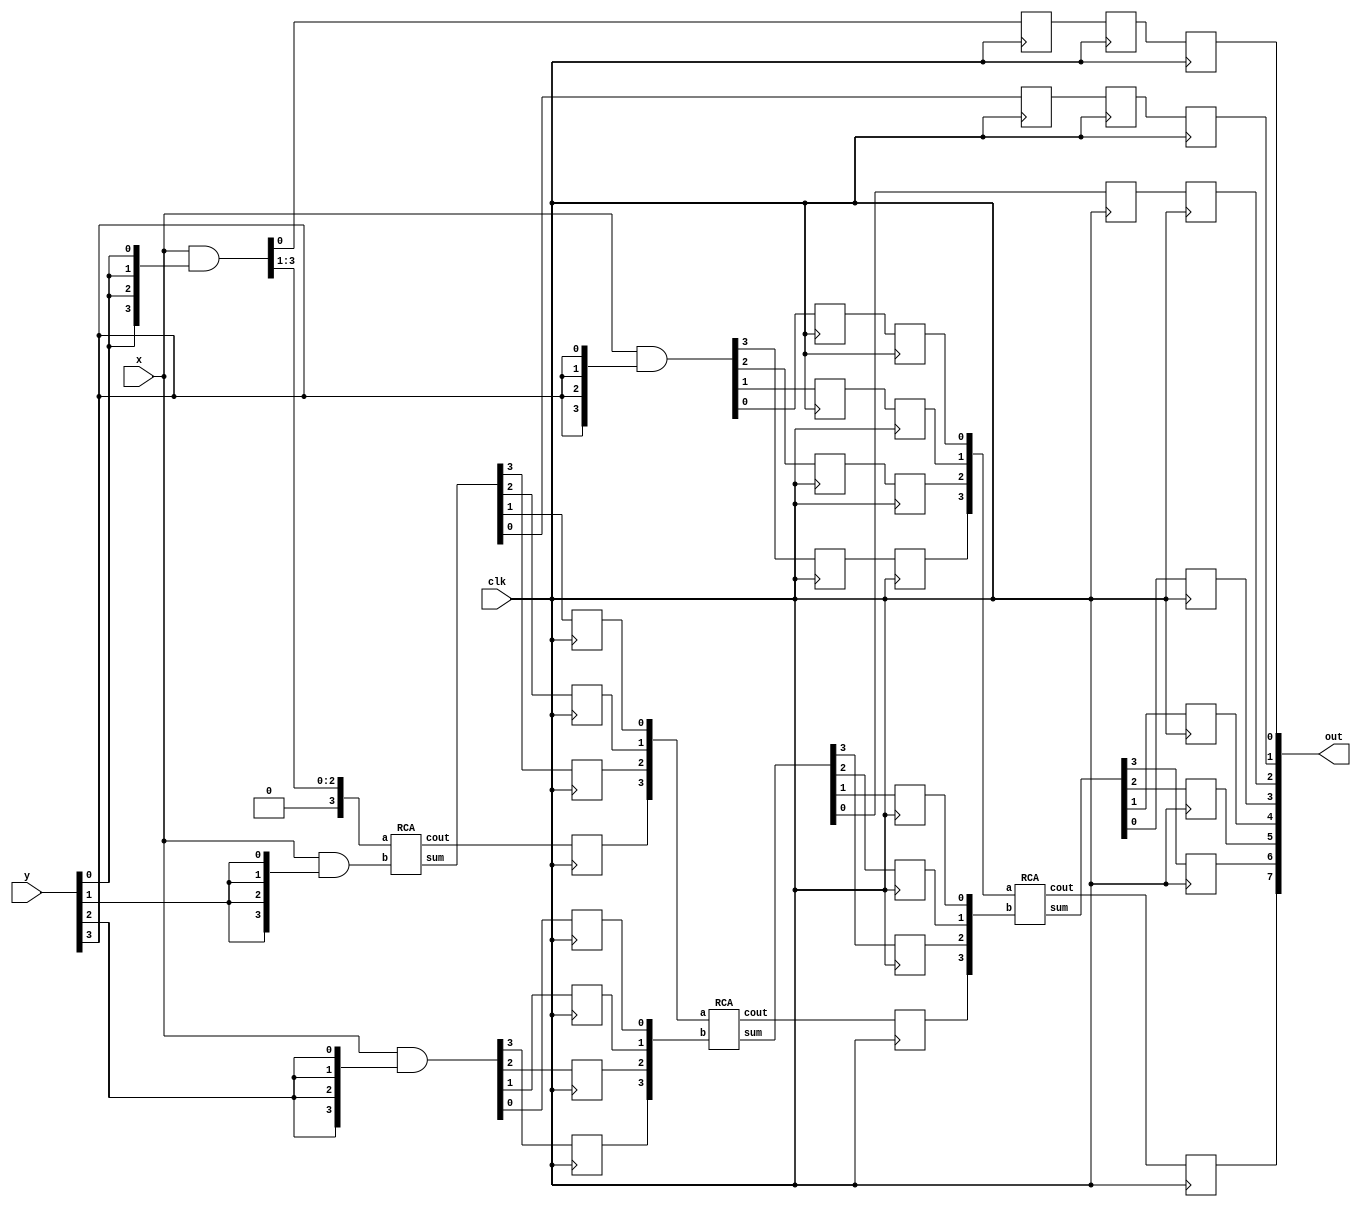
module pipelined_multiplier(x,y,out,clk);
input [3:0] x,y; //4-bit input multiplier
input clk;
output [7:0] out;   // 8 bit hexadecimal output
wire [3:0]PP1,PP2,PP3,PP4; //Partial products
wire [3:0]s1,s2,s3;
wire c1,c2,c3;

//For pipelining
reg L1_13,L1_12,L1_11,L1_10,L1_9,L1_8,L1_7,L1_6,L1_5,L1_4,L1_3,L1_2,L1_1,L1_0; //latches for storing temperory values
reg L2_10,L2_9,L2_8,L2_7,L2_6,L2_5,L2_4,L2_3,L2_2,L2_1,L2_0; //latches for storing temperory values
reg L3_7,L3_6,L3_5,L3_4,L3_3,L3_2,L3_1,L3_0; //latches for storing temperory values

//Partial products
assign PP1 = x & {4{y[0]}}; //replication for taking bitwise AND operation
assign PP2 = x & {4{y[1]}}; //replication for taking bitwise AND operation
assign PP3 = x & {4{y[2]}}; //replication for taking bitwise AND operation
assign PP4 = x & {4{y[3]}}; //replication for taking bitwise AND operation

RCA A1({1'b0,PP1[3:1]},PP2,s1,c1); //(a,b,sum,cout)        //concatenation
RCA A2({L1_5,L1_4,L1_3,L1_2},{L1_9,L1_8,L1_7,L1_6},s2,c2); //concatenation
RCA A3({L2_10,L2_9,L2_8,L2_7},{L2_6,L2_5,L2_4,L2_3},s3,c3); //concatenation

assign out = {L3_7,L3_6,L3_5,L3_4,L3_3,L3_2,L3_1,L3_0};

always @(posedge(clk)) //stage 1
{L1_13,L1_12,L1_11,L1_10,L1_9,L1_8,L1_7,L1_6,L1_5,L1_4,L1_3,L1_2,L1_1,L1_0} <= {PP4,PP3,c1,s1,PP1[0]};
always @(posedge(clk)) //stage 2
{L2_10,L2_9,L2_8,L2_7,L2_6,L2_5,L2_4,L2_3,L2_2,L2_1,L2_0} <= {L1_13,L1_12,L1_11,L1_10,c2,s2,L1_1,L1_0};
always @(posedge(clk)) //stage 3
{L3_7,L3_6,L3_5,L3_4,L3_3,L3_2,L3_1,L3_0} <= {c3,s3,L2_2,L2_1,L2_0};
endmodule



//4 bit Ripple Carry Adder module using 1HA and 3FA
module RCA(a,b,sum,cout);
input [3:0]a,b;
output [3:0]sum;
output cout;
wire t1,t2,t3;
Halfadder HA(a[0],b[0],sum[0],t1);       //(a,b,sum,cout)
Fulladder FA1(a[1],b[1],t1,sum[1],t2);  //(a,b,cin,sum,cout)
Fulladder FA2(a[2],b[2],t2,sum[2],t3);
Fulladder FA3(a[3],b[3],t3,sum[3],cout); 
endmodule

module Fulladder(a,b,cin,sum,cout);
input a,b,cin;
output sum,cout;
wire w1,w2,w3;
Halfadder HA1(a,b,w1,w2);     //(a,b,sum,cout)
Halfadder HA2(w1,cin,sum,w3);
assign cout=w2|w3;
endmodule

module Halfadder(a,b,sum,cout);
input a,b;
output sum,cout;
assign sum=a^b;
assign cout=a&b;
endmodule